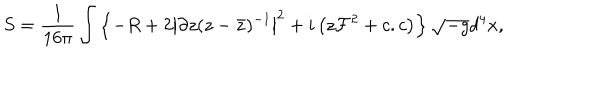
LaTeX: S = \frac { 1 } { 1 6 \pi } \int \left\{ - R + 2 \left| \partial z ( z - { \bar { z } } ) ^ { - 1 } \right| ^ { 2 } + i \left( z { \cal F } ^ { 2 } + c . c \right) \right\} \sqrt { - g } d ^ { 4 } x ,